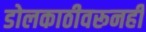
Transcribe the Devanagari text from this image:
डोलकाठीवरूनही